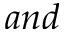
a n d